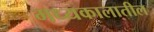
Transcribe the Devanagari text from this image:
मध्यकालातील